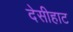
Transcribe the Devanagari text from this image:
देसीहाट